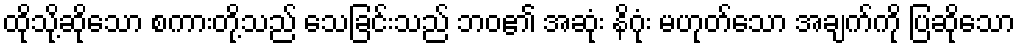
ထိုသို့ဆိုသော စကားတို့သည် သေခြင်းသည် ဘဝ၏ အဆုံး နိဂုံး မဟုတ်သော အချက်ကို ပြဆိုသော